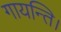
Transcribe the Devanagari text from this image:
गायन्ति।